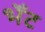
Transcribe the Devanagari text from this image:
भेँट